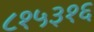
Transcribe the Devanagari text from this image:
८१५३१६